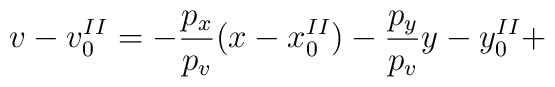
v-v^{II}_{0}=-\frac{p_{x}}{p_{v}}( x-x^{II}_{0}) -\frac{p_{y}}{p_{v}}y-y^{II}_{0}+